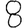
Digit: 8